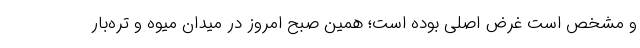
و مشخص است غرض اصلی بوده است؛ همین صبح امروز در میدان میوه و تره‌بار